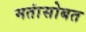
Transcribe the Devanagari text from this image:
मतांसोबत